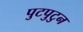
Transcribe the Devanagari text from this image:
पुटपुटुन